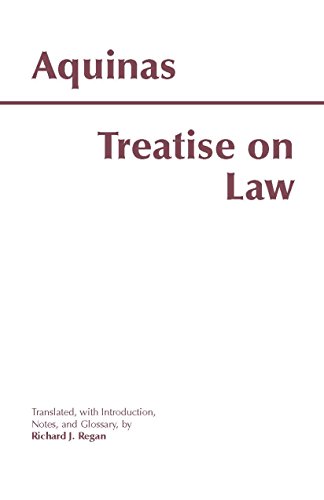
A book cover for Treatise on Law (Hackett Classics); Thomas Aquinas; Law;